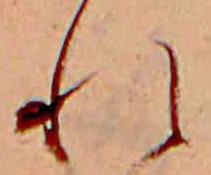
れ